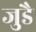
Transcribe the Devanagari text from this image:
जुडै